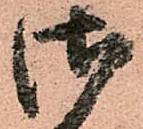
御